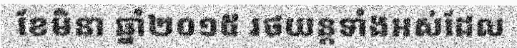
ខែមិនា ឆ្នាំ២០១៥ រថយន្តទាំងអស់ដែល